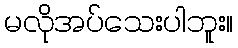
မလိုအပ်သေးပါဘူး။